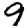
Digit: 9